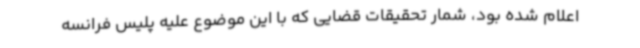
اعلام شده بود، شمار تحقیقات قضایی که با این موضوع علیه پلیس فرانسه